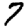
Digit: 7